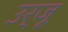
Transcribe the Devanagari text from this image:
उर्जू